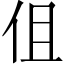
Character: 伹